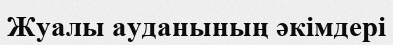
Жуалы ауданының әкімдері